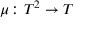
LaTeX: \mu \colon T ^ { 2 } \to T